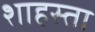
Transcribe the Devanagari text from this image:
शाहस्ता